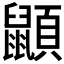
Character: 𪕯